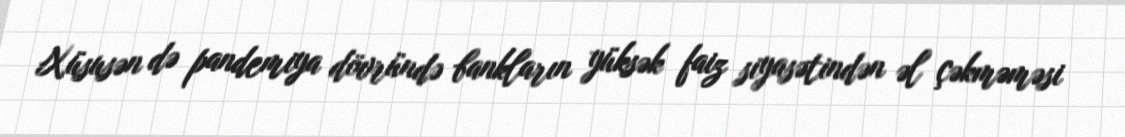
Xüsusən də pandemiya dövründə bankların yüksək faiz siyasətindən əl çəkməməsi